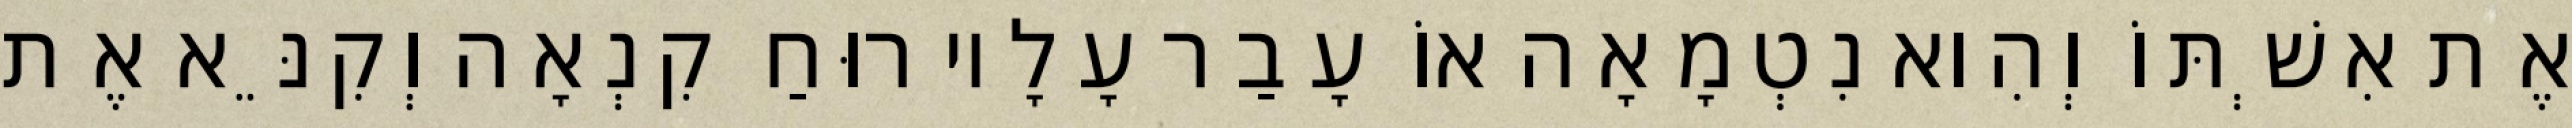
אֶת אִשְׁתּוֹ וְהִוא נִטְמָאָה אוֹ עָבַר עָלָיו רוּחַ קִנְאָה וְקִנֵּא אֶת